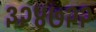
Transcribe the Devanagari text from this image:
३२४७२२